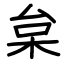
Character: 枲